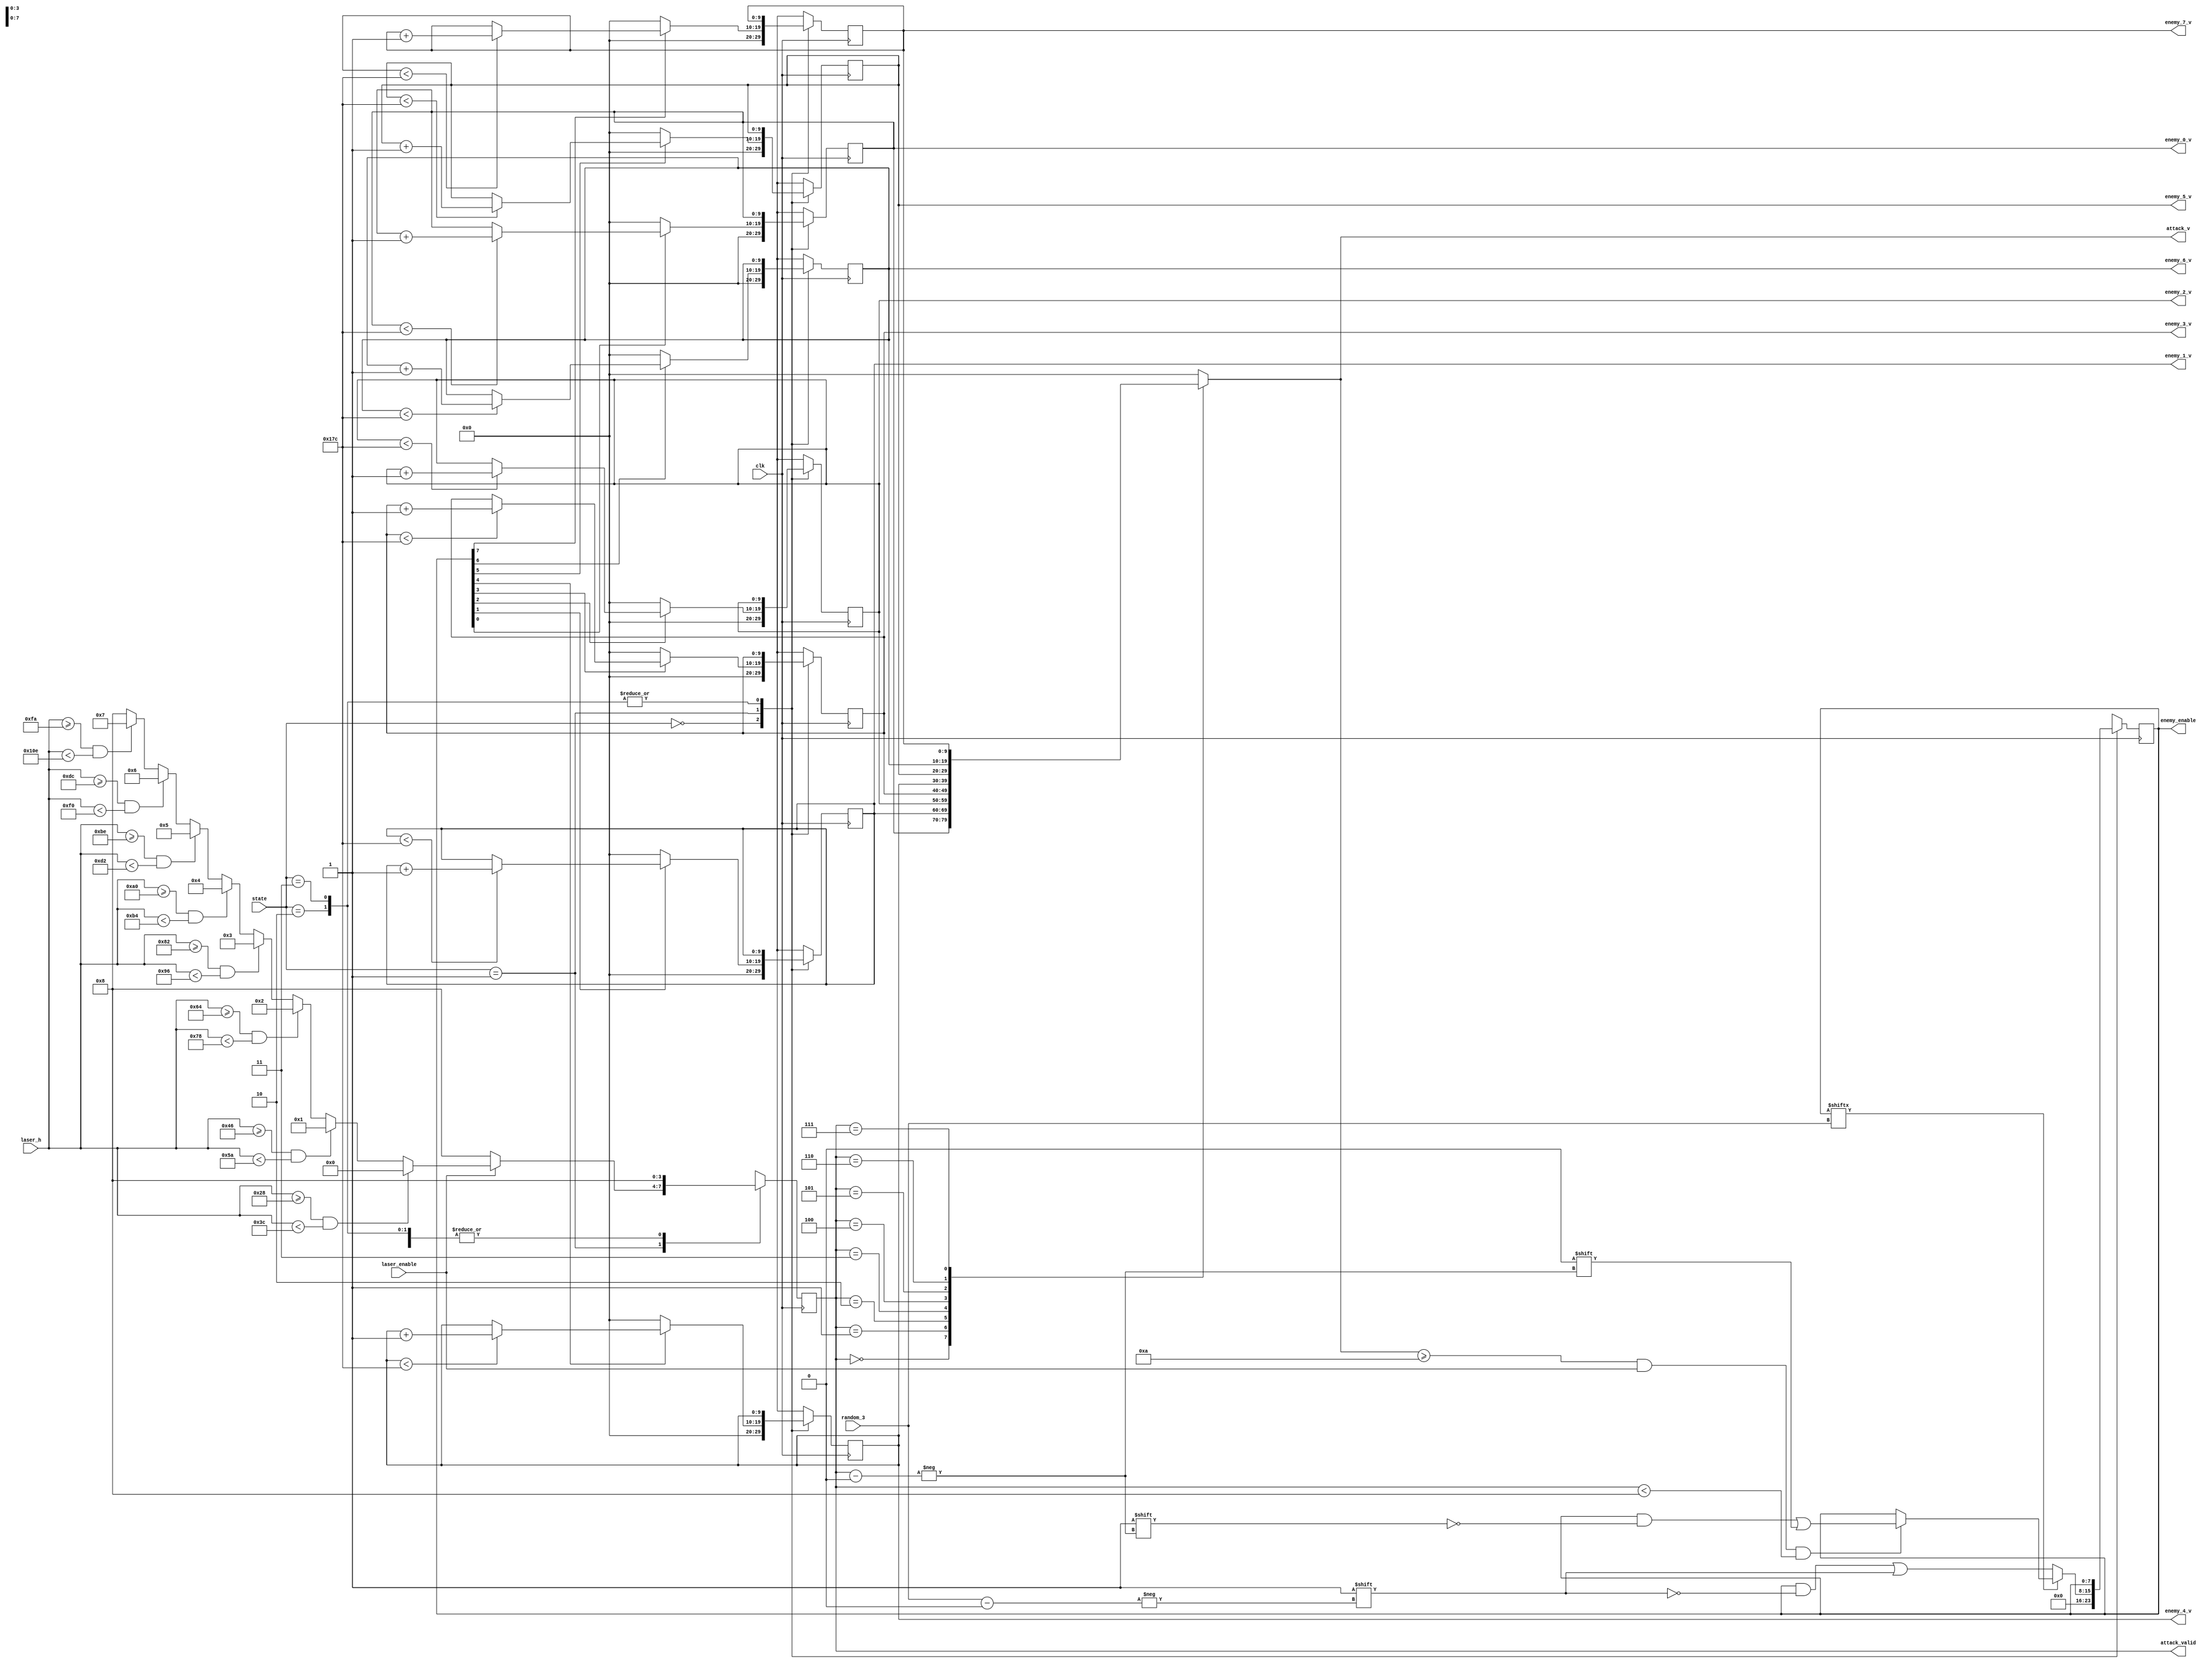
module enemy_controller(
	input clk,
	input [2:0] random_3,
	input [9:0] laser_h,
	input laser_enable,
	input [1:0]  state,
	output reg [9:0] enemy_0_v,
	output reg [9:0] enemy_1_v,
	output reg [9:0] enemy_2_v,
	output reg [9:0] enemy_3_v,
	output reg [9:0] enemy_4_v,
	output reg [9:0] enemy_5_v,
	output reg [9:0] enemy_6_v,
	output reg [9:0] enemy_7_v,
	output reg [7:0] enemy_enable,
	output reg [3:0] attack_valid,
	output reg [9:0] attack_v
);
	
	
	always @(posedge clk) begin
		case(state)
			0:	enemy_enable <= 0;
			1:	if(enemy_enable[random_3] == 0) enemy_enable[random_3] <= 1;
				else if(attack_v >= 10 && laser_enable && attack_valid < 8) enemy_enable[attack_valid] <= 0;
				else enemy_enable <= enemy_enable;
			2:	enemy_enable <= enemy_enable;
			3:	enemy_enable <= enemy_enable;
		endcase
	end
	
	always @(posedge clk) begin
		case(state)
			0:	attack_valid <= 8;
			1:	if(laser_enable) begin
					if(laser_h >= 40 && laser_h < 60) attack_valid <= 0;
					else if(laser_h >= 70 && laser_h < 90) attack_valid <= 1;
					else if(laser_h >= 100 && laser_h < 120) attack_valid <= 2;
					else if(laser_h >= 130 && laser_h < 150) attack_valid <= 3;
					else if(laser_h >= 160 && laser_h < 180) attack_valid <= 4;
					else if(laser_h >= 190 && laser_h < 210) attack_valid <= 5;
					else if(laser_h >= 220 && laser_h < 240) attack_valid <= 6;
					else if(laser_h >= 250 && laser_h < 270) attack_valid <= 7;
					else attack_valid <= 8;
				end
				else attack_valid <= 8;
			2:	attack_valid <= 8;
			3:	attack_valid <= 8;
		endcase
	end
	
	always @(*) begin
		case(attack_valid)
			0:	attack_v = enemy_0_v;
			1:	attack_v = enemy_1_v;
			2:	attack_v = enemy_2_v;
			3:	attack_v = enemy_3_v;
			4:	attack_v = enemy_4_v;
			5:	attack_v = enemy_5_v;
			6:	attack_v = enemy_6_v;
			7:	attack_v = enemy_7_v;
			default: attack_v = 0;
		endcase
	end
	
	always @(posedge clk) begin
		case(state)
			0:	enemy_0_v <= 0;
			1:	if(enemy_enable[0]) begin
					if(enemy_0_v < 380)enemy_0_v <= enemy_0_v + 1;
					else enemy_0_v <= enemy_0_v;
				end
				else enemy_0_v <= 0;
			2:	enemy_0_v <= enemy_0_v;
			3:	enemy_0_v <= enemy_0_v;
		endcase
	end
	
	always @(posedge clk) begin
		case(state)
			0:	enemy_1_v <= 0;
			1:	if(enemy_enable[1]) begin
					if(enemy_1_v < 380)enemy_1_v <= enemy_1_v + 1;
					else enemy_1_v <= enemy_1_v;
				end
				else enemy_1_v <= 0;
			2:	enemy_1_v <= enemy_1_v;
			3:	enemy_1_v <= enemy_1_v;
		endcase
	end
	
	always @(posedge clk) begin
		case(state)
			0:	enemy_2_v <= 0;
			1:	if(enemy_enable[2]) begin
					if(enemy_2_v < 380)enemy_2_v <= enemy_2_v + 1;
					else enemy_2_v <= enemy_2_v;
				end
				else enemy_2_v <= 0;
			2:	enemy_2_v <= enemy_2_v;
			3:	enemy_2_v <= enemy_2_v;
		endcase
	end
	
	always @(posedge clk) begin
		case(state)
			0:	enemy_3_v <= 0;
			1:	if(enemy_enable[3]) begin
					if(enemy_3_v < 380)enemy_3_v <= enemy_3_v + 1;
					else enemy_3_v <= enemy_3_v;
				end
				else enemy_3_v <= 0;
			2:	enemy_3_v <= enemy_3_v;
			3:	enemy_3_v <= enemy_3_v;
		endcase
	end
	
	always @(posedge clk) begin
		case(state)
			0:	enemy_4_v <= 0;
			1:	if(enemy_enable[4]) begin
					if(enemy_4_v < 380)enemy_4_v <= enemy_4_v + 1;
					else enemy_4_v <= enemy_4_v;
				end
				else enemy_4_v <= 0;
			2:	enemy_4_v <= enemy_4_v;
			3:	enemy_4_v <= enemy_4_v;
		endcase
	end
	
	always @(posedge clk) begin
		case(state)
			0:	enemy_5_v <= 0;
			1:	if(enemy_enable[5]) begin
					if(enemy_5_v < 380)enemy_5_v <= enemy_5_v + 1;
					else enemy_5_v <= enemy_5_v;
				end
				else enemy_5_v <= 0;
			2:	enemy_5_v <= enemy_5_v;
			3:	enemy_5_v <= enemy_5_v;
		endcase
	end
	
	always @(posedge clk) begin
		case(state)
			0:	enemy_6_v <= 0;
			1:	if(enemy_enable[6]) begin
					if(enemy_6_v < 380)enemy_6_v <= enemy_6_v + 1;
					else enemy_6_v <= enemy_6_v;
				end
				else enemy_6_v <= 0;
			2:	enemy_6_v <= enemy_6_v;
			3:	enemy_6_v <= enemy_6_v;
		endcase
	end
	
	always @(posedge clk) begin
		case(state)
			0:	enemy_7_v <= 0;
			1:	if(enemy_enable[7]) begin
					if(enemy_7_v < 380)enemy_7_v <= enemy_7_v + 1;
					else enemy_7_v <= enemy_7_v;
				end
				else enemy_7_v <= 0;
			2:	enemy_7_v <= enemy_7_v;
			3:	enemy_7_v <= enemy_7_v;
		endcase
	end
endmodule